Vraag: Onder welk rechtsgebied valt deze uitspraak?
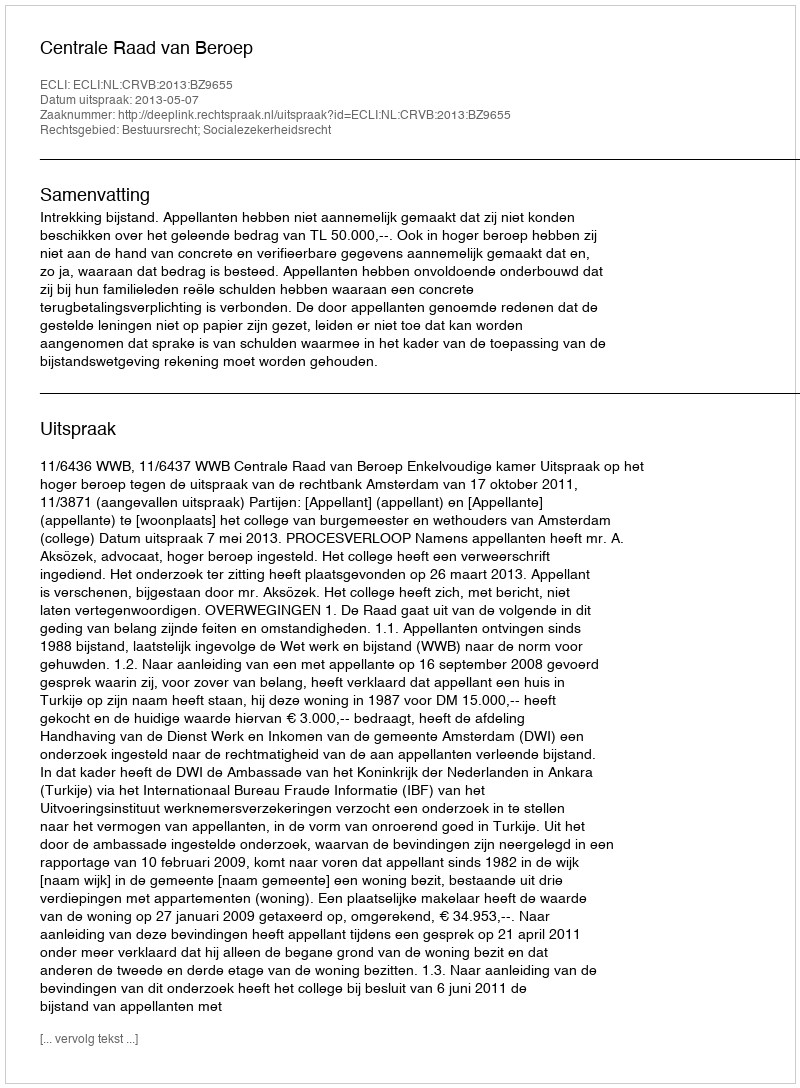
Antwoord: Bestuursrecht; Socialezekerheidsrecht